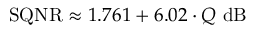
\mathrm { S Q N R } \approx 1 . 7 6 1 + 6 . 0 2 \cdot Q \ \mathrm { d B } \,